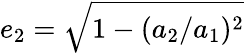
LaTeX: e_{2}=\sqrt{1-(a_{2}/a_{1})^{2}}